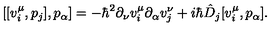
[ [ v _ { i } ^ { \mu } , p _ { j } ] , p _ { \alpha } ] = - \hbar ^ { 2 } \partial _ { \nu } v _ { i } ^ { \mu } \partial _ { \alpha } v _ { j } ^ { \nu } + i \hbar \hat { D } _ { j } [ v _ { i } ^ { \mu } , p _ { \alpha } ] .